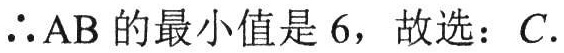
\(\therefore AB\)的最小值是\(6\)，故选：\(C\).